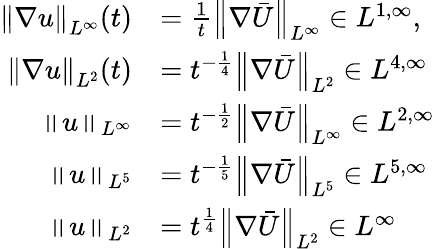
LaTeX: \begin{array}{rl}{\left\lVert\nabla u\right\rVert_{L^{\infty}}(t)}&{=\frac 1t\left\lVert\nabla\bar{U}\right\rVert_{L^{\infty}}\in L^{1,\infty},}\\ {\left\lVert\nabla u\right\rVert_{L^{2}}(t)}&{=t^{-\frac 14}\left\lVert\nabla\bar{U}\right\rVert_{L^{2}}\in L^{4,\infty}}\\ {\left\lVert u\right\rVert_{L^{\infty}}}&{=t^{-\frac 12}\left\lVert\nabla\bar{U}\right\rVert_{L^{\infty}}\in L^{2,\infty}}\\ {\left\lVert u\right\rVert_{L^{5}}}&{=t^{-\frac 15}\left\lVert\nabla\bar{U}\right\rVert_{L^{5}}\in L^{5,\infty}}\\ {\left\lVert u\right\rVert_{L^{2}}}&{=t^{\frac 14}\left\lVert\nabla\bar{U}\right\rVert_{L^{2}}\in L^{\infty}}\end{array}